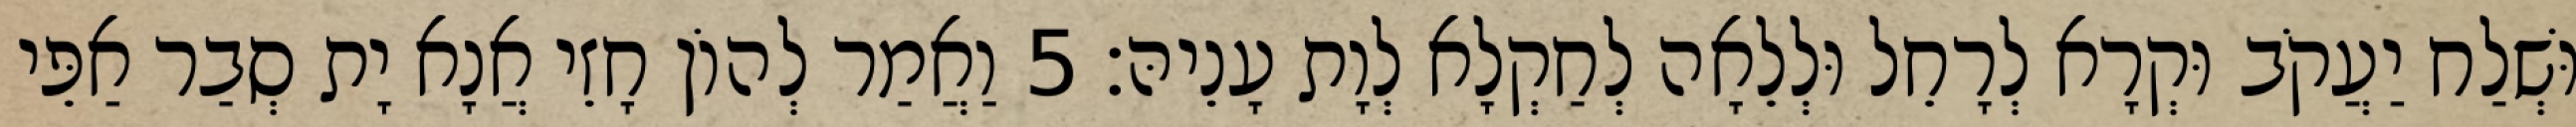
וּשְׁלַח יַעֲקֹב וּקְרָא לְרָחֵל וּלְלֵאָה לְחַקְלָא לְוָת עָנֵיהּ׃ 5 וַאֲמַר לְהוֹן חָזֵי אֲנָא יָת סְבַר אַפֵּי